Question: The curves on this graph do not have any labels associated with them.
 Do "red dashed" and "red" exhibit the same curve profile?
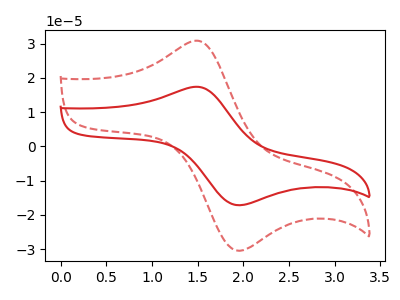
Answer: <think>The red curve "red" has an anodic peak at (1.50V, 17.35uA) and a cathodic peak at (1.95V, -17.20uA). The red dashed curve "red dashed" has an anodic peak at (1.50V, 30.80uA) and a cathodic peak at (1.95V, -30.45uA).
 All the peaks in "red dashed" have a peak in "red" at the same potential. Every peak in "red dashed" is higher than every peak in "red".</think>
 <answer>"red dashed" and "red" are similar in shape.</answer>
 <eval>same_shape</eval>